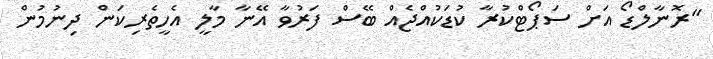
"ރޮނާލްޑޯ އަށް ސަޕޯޓްކުރާ ކުޑަކުއްޖެއް ބޭސް ފަރުވާ އޭނާ މާލީ އެހީތެރިކަން ދިނުމުން